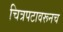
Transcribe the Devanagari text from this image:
चित्रपटावरूनच